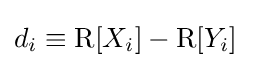
d_{i}\equiv \operatorname {R} [X_{i}]-\operatorname {R} [Y_{i}]\